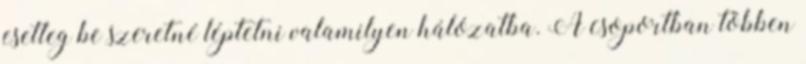
esetleg be szeretné léptetni valamilyen hálózatba. A csoportban többen